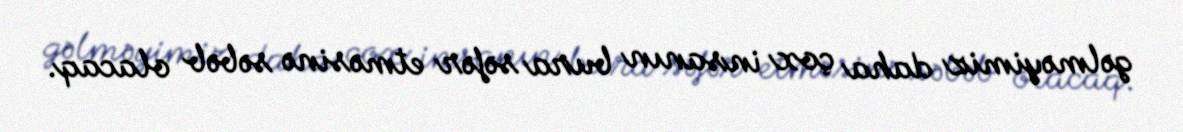
gəlməyimiz daha çox insanın bura səfər etməsinə səbəb olacaq.